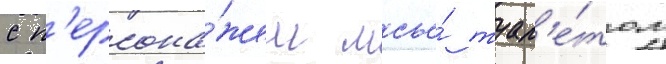
с п'ерсона́жем мсье́ туал'е́том